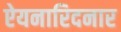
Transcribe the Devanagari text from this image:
ऐयनारिदनार